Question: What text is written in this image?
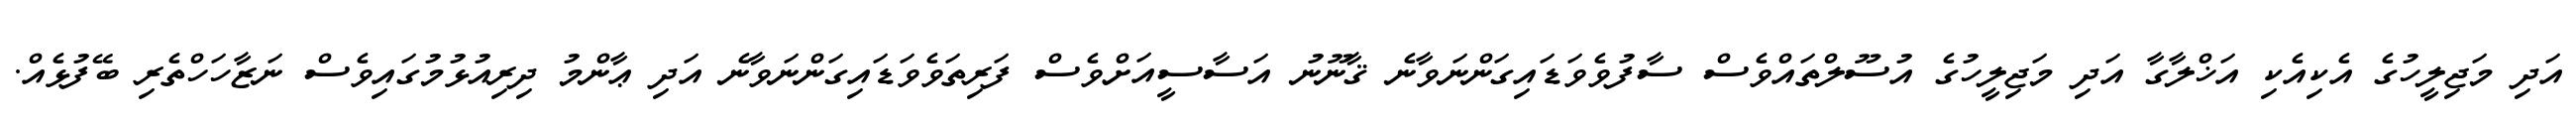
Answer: އަދި މަޖިލީހުގެ އެކިއެކި އަޚްލާގާ އަދި މަޖިލީހުގެ އުސޫލްތައްވެސް ސާފުވެވަޑައިގަންނަވާނެ ޤާނޫނު އަސާސީއަށްވެސް ފަރިތަވެވަޑައިގަންނަވާނެ އަދި ޢާންމު ދިރިއުޅުމުގައިވެސް ނަޒާހަހްތެރި ބޭފުޅެއް.